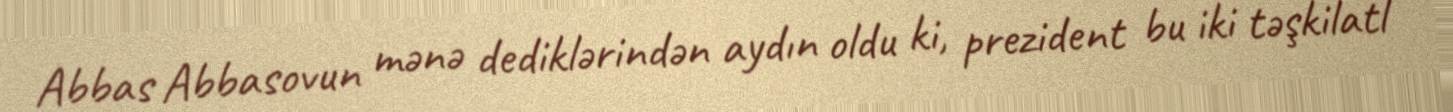
Abbas Abbasovun mənə dediklərindən aydın oldu ki, prezident bu iki təşkilatl